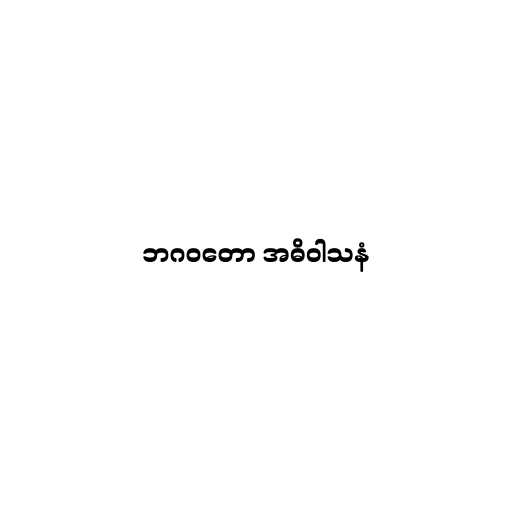
ဘဂဝတော အဓိဝါသနံ